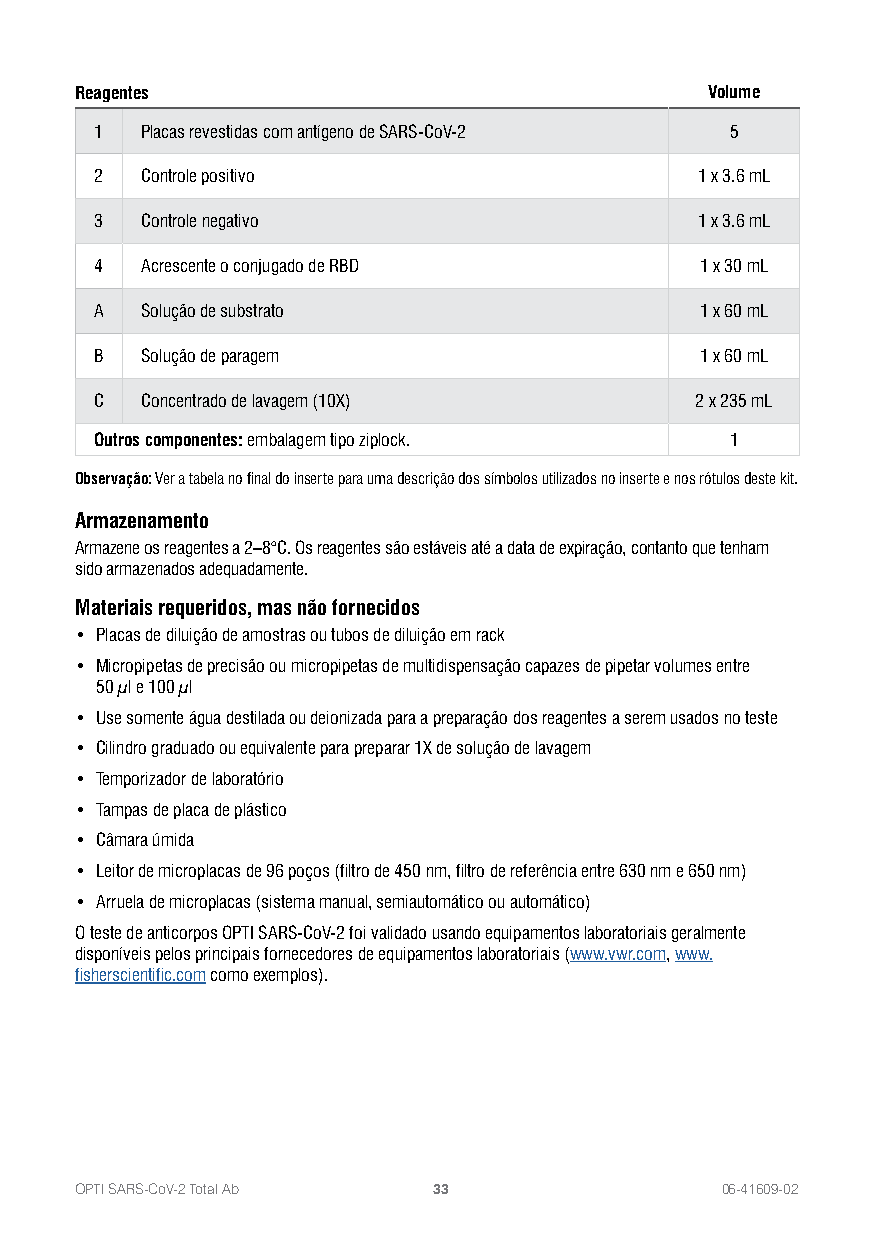
Reagentes                                 Volume
 1  Placas revestidas com antígeno de SARS-CoV-2 5
 2  Controle positivo                    1 x 3.6 mL
 3  Controle negativo                    1 x 3.6 mL
 4  Acrescente o conjugado de RBD        1 x 30 mL
 A  Solução de substrato                 1 x 60 mL
 B  Solução de paragem                   1 x 60 mL
 C  Concentrado de lavagem (10X)         2 x 235 mL
 Outros componentes: embalagem tipo ziplock. 1
 Observação: Ver a tabela no final do inserte para uma descrição dos símbolos utilizados no inserte e nos rótulos deste kit.
 Armazenamento
 Armazene os reagentes a 2–8°C. Os reagentes são estáveis até a data de expiração, contanto que tenham
 sido armazenados adequadamente.
 Materiais requeridos, mas não fornecidos
 • Placas de diluição de amostras ou tubos de diluição em rack
 • Micropipetas de precisão ou micropipetas de multidispensação capazes de pipetar volumes entre
 50 μl e 100 μl
 • Use somente água destilada ou deionizada para a preparação dos reagentes a serem usados no teste
 • Cilindro graduado ou equivalente para preparar 1X de solução de lavagem
 • Temporizador de laboratório
 • Tampas de placa de plástico
 • Câmara úmida
 • Leitor de microplacas de 96 poços (filtro de 450 nm, filtro de referência entre 630 nm e 650 nm)
 • Arruela de microplacas (sistema manual, semiautomático ou automático)
 O teste de anticorpos OPTI SARS-CoV-2 foi validado usando equipamentos laboratoriais geralmente
 disponíveis pelos principais fornecedores de equipamentos laboratoriais (www.vwr.com, www.
 fisherscientific.com como exemplos).
 OPTI SARS-CoV-2 Total Ab 33                06-41609-02